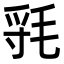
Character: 㲕